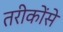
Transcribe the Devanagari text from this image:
तरीकोंसे